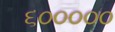
૬૦૦૦૦૦